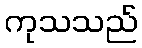
ကုသသည်